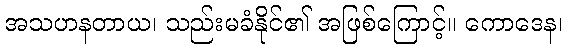
အသဟနတာယ၊ သည်းမခံနိုင်၏ အဖြစ်ကြောင့်။ ကောဒေန၊